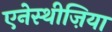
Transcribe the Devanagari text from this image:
एनेस्थीज़िया